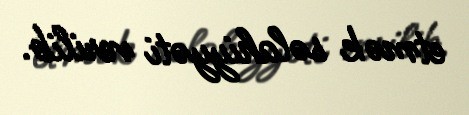
etmək səlahiyyəti verilib.